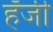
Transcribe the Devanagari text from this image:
हॅजी